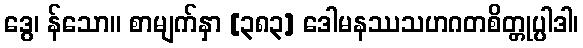
ဒွေ၊ န်သော။ စာမျက်နှာ [၃၈၃] ဒေါမနဿသဟဂတစိတ္တုပ္ပါဒါ၊